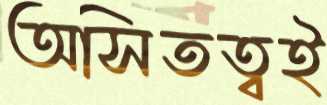
অসিতত্বই